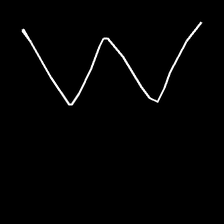
Glyph: crush